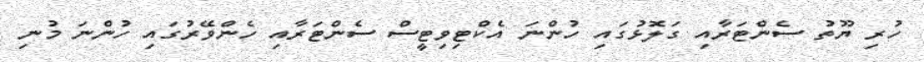
ހުރި ޔޫތު ސެންޓަރާއި ގަލޮޅުގައި ހުންނަ އެކްޓިވިޓީސް ސެންޓަރާއި ހެންވޭރުގައި ހުންނަ މުނި